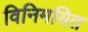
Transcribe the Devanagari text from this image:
विनिमयित